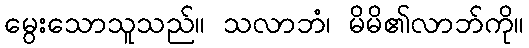
မွေးသောသူသည်။ သလာဘံ၊ မိမိ၏လာဘ်ကို။